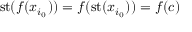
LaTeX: \mathrm { { s t } } ( f ( x _ { i _ { 0 } } ) ) = f ( \mathrm { { s t } } ( x _ { i _ { 0 } } ) ) = f ( c )